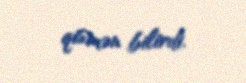
qismən bilirdi.